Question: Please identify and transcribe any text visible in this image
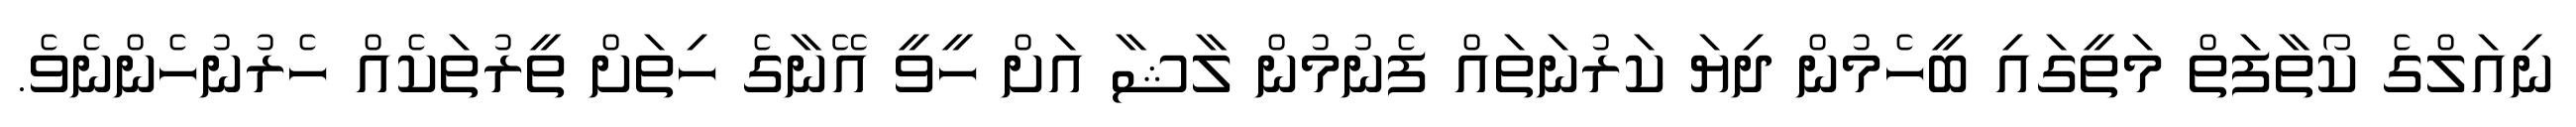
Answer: ނިއަލްގެ ކޯތާފަތް މަތީގައި ބީހެމުން ދިޔަ ކަރުނަތައް ފެނުމުން ލާޝާ އަށް ހީވީ އޭނާގެ ހިތަށް ތީރުތަކެއް ހެރުނުހެންނެވެ.